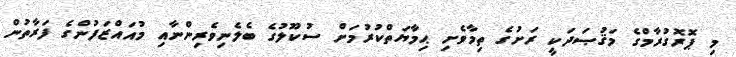
މި ޕޮރޮގުރާމްގެ މަޤުޞަދަކީ ރަށުގެ ތިމާވެށިި ޙިމާޔަތްކުރުމަށް ސުކޫލުގެ ބެލެނިވެރިންނާއި މުއައްޒަފުންގެ ފަރާތުން